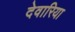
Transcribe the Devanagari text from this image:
देवारिया